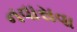
નવાસવા